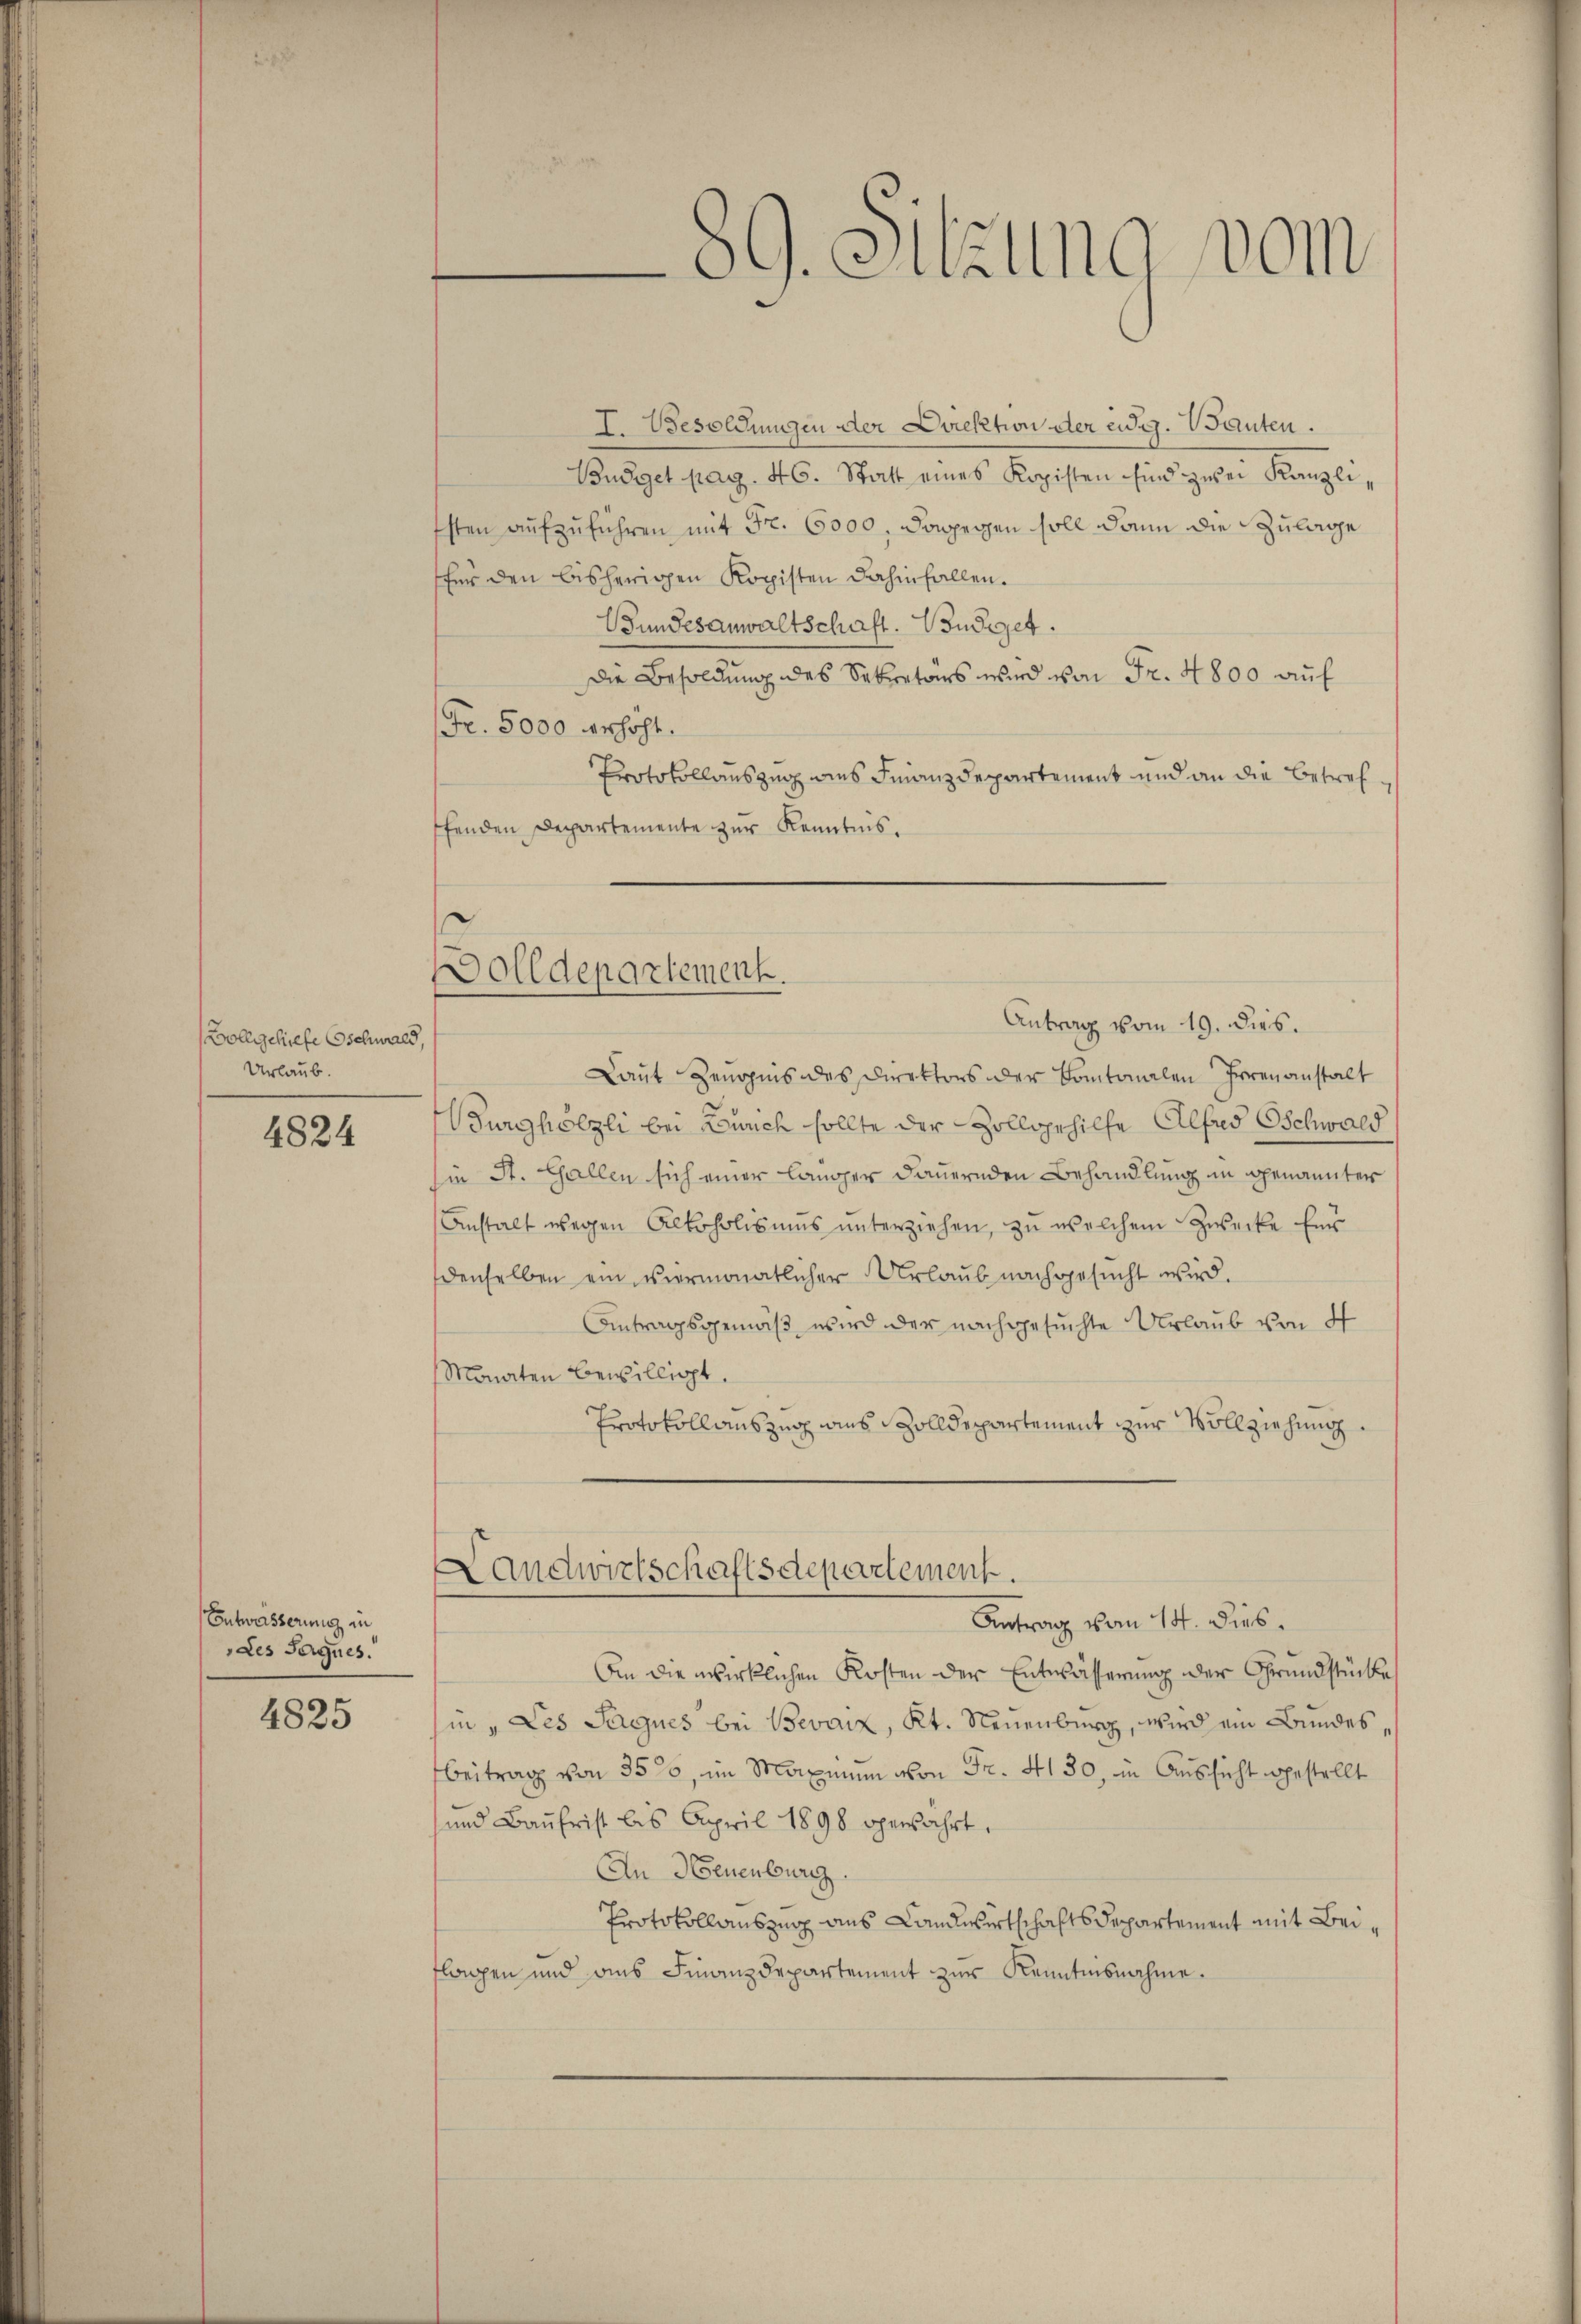
Bollgehilfe Gschwald,
Urlaub.

4824

Entwässerung in
des Sagnes.
4825

I. Besoldungen der Direktion der eidg. Tanten.
Budget pag. 46. Statt eines Kopisten sind zwei Kanzli,
sten aufzuführen mit Fr. 6000, dagegen soll dann die Zulage
für den bisherigen Kopisten dahinfallen.
Gundesanwaltschaft. Bindiget.
Die Besoldung des Sekretärs wird von Fr. 4800 auf
Fr. 5000 erhöht.
Protokollauszug dies Finanzdepartement und an die Betrefffenden Departemente zur Kenntnis.
Antrag vom 19. dies.
Laut Zeugnis des Direktors der Cantonalen Irrenanstalt
Burghölzli bei Zürich sollte der Zollgehilfe Alfred Schwald
in St. Gallen sich einer länger Dauernden Behandlung in genannter
Anstalt wegen Alkoholisums unterziehen, zu welchem Zwecke Eins
denselben ein viermonatlicher Urlaub nachgesucht wird.
Antragsgemäß wird der nachgesuchte Urlaub von 4
Monaten bewilligt.
Protokollauszug aus Zolldepartement zur Vollziehung.
Landwirtschaftsdepartement.
Antrag vom 14. dies
An die wirklichen Kosten der Entwässerung der Grundstücke
in „Les Sagues bei Bevanz, Kt. Neuenburg, wird ein Bundes,
Beitrag von 350, im Maximum von Fr. 4130, in Aussicht gestellt
und Baufrist bis April 1898 bewahrt.
An Neuenburg
Protokollauszug aus Landwirtschafts Departement mit Beiflagen und aus Finanzdepartement zur Kenntnisnahme.

5
olldepartement.

89. Sitzung vom